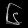
Digit: ၆